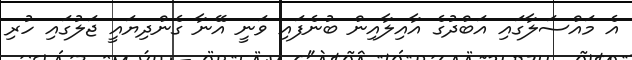
އެ މައްސަލާގައި އަބްދުގެ އާއިލާއިން ބުނެފައި ވަނީ އޭނާ ގެންދިޔައީ ޖަލުގައި ހުރި